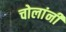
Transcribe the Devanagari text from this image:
चोलांनी